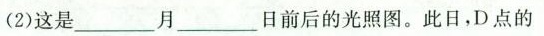
(2分)(2)这是___月___日前后的光照图。此日，D点的